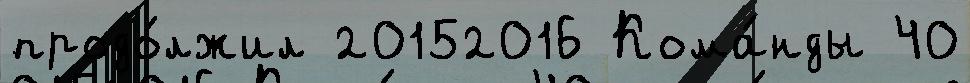
продо́лжил 20152016 Кома́нды 40